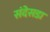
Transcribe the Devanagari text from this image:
संदेसडा